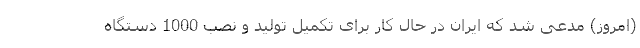
(امروز) مدعی شد که ایران در حال کار برای تکمیل تولید و نصب 1000 دستگاه